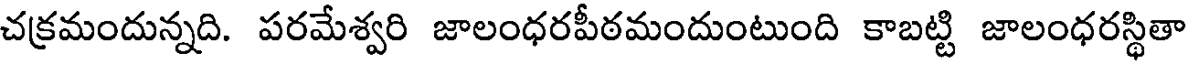
చక్రమందున్నది. పరమేశ్వరి జాలంధరపీఠమందుంటుంది కాబట్టి జాలంధరస్థితా